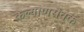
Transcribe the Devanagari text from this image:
कल्याणसेवक